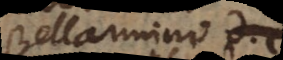
Bellarmino hic